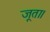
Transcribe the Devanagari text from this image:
जूता।